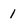
Character: 1